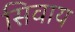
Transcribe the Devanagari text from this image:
सिवाय